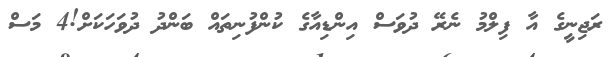
ރަޖިނީގެ އާ ފިލްމު ނެރޭ ދުވަސް އިންޑިއާގެ ކުންފުނިތައް ބަންދު ދުވަހަކަށް!4 މަސް